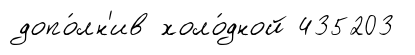
допо́лн'ив холо́дной 435203